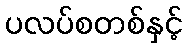
ပလပ်စတစ်နှင့်